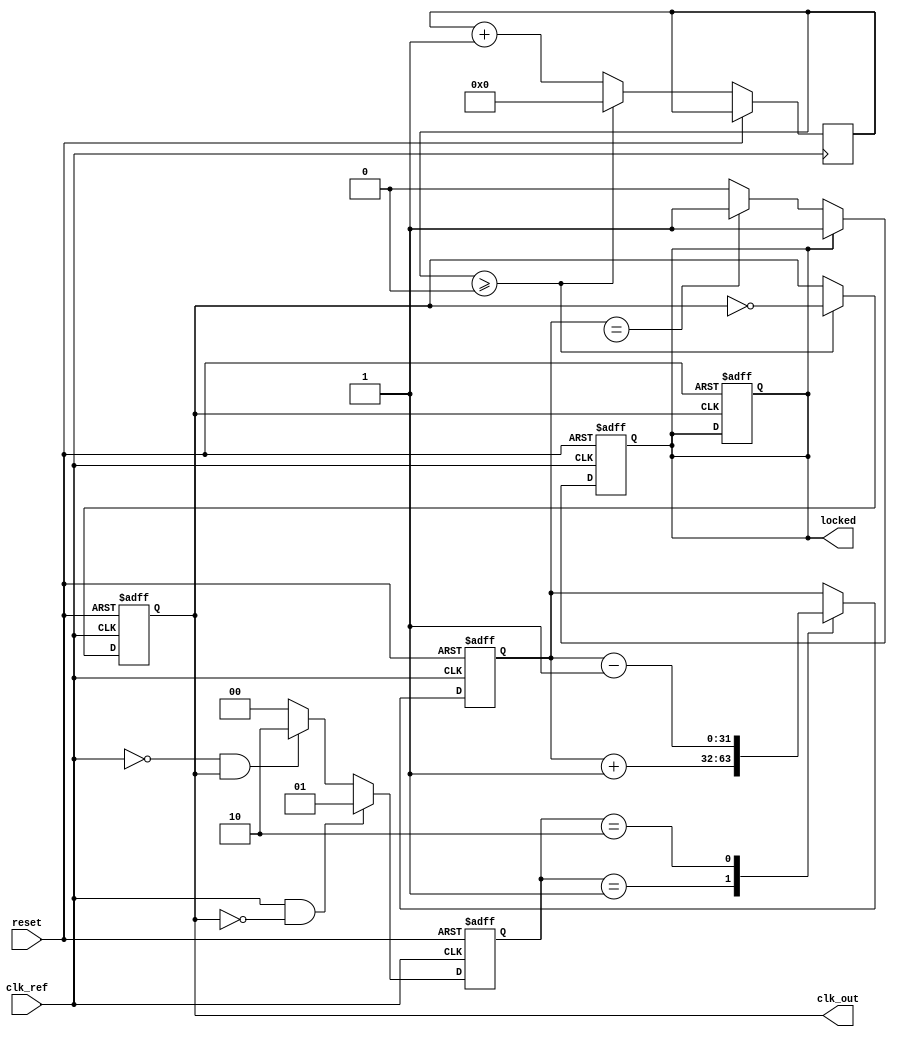
module parameterized_PLL #(
    parameter INPUT_FREQUENCY = 50_000_000,  // 50 MHz reference clock
    parameter OUTPUT_FREQUENCY = 100_000_000, // 100 MHz output clock
    parameter FEEDBACK_DIVIDER = 2,           // Feedback divider
    parameter PHASE_OFFSET = 0,                // Phase offset
    parameter LOCK_TIME = 100                   // Lock time in ns
)(
    input wire clk_ref,                        // Reference clock input
    input wire reset,                          // Active high reset
    output reg clk_out,                        // Output clock signal
    output reg locked                          // Lock status signal
);

    // Internal signals
    reg [1:0] phase_detector;                  // Phase detector output
    reg [31:0] control_voltage;                // Control voltage for VCO
    reg [31:0] vco_frequency;                  // VCO frequency
    reg [31:0] feedback_counter;               // Feedback counter
    reg [31:0] loop_filter;                    // Loop filter output
    reg [31:0] lock_counter;                   // Lock detection counter

    // Phase Frequency Detector (PFD)
    always @(posedge clk_ref or posedge reset) begin
        if (reset) begin
            phase_detector <= 2'b00; // Reset phase detector
        end else begin
            // Simple phase detection logic
            if (clk_ref && !clk_out) begin
                phase_detector <= 2'b01; // UP signal
            end else if (!clk_ref && clk_out) begin
                phase_detector <= 2'b10; // DOWN signal
            end else begin
                phase_detector <= 2'b00; // No change
            end
        end
    end

    // Charge Pump
    always @(posedge clk_ref or posedge reset) begin
        if (reset) begin
            control_voltage <= 0;
        end else begin
            case (phase_detector)
                2'b01: control_voltage <= control_voltage + 1; // UP
                2'b10: control_voltage <= control_voltage - 1; // DOWN
                default: control_voltage <= control_voltage; // Hold
            endcase
        end
    end

    // Voltage-Controlled Oscillator (VCO)
    always @(posedge clk_ref or posedge reset) begin
        if (reset) begin
            vco_frequency <= 0;
            clk_out <= 0;
        end else begin
            // Adjust VCO frequency based on control voltage
            vco_frequency <= control_voltage; // Simplified frequency control
            // Generate output clock based on VCO frequency
            // Note: Actual implementation would require a more complex VCO model
            if (feedback_counter >= (INPUT_FREQUENCY / OUTPUT_FREQUENCY)) begin
                clk_out <= ~clk_out;
                feedback_counter <= 0;
            end else begin
                feedback_counter <= feedback_counter + 1;
            end
        end
    end

    // Frequency Divider
    reg [31:0] divider_counter;
    always @(posedge clk_out or posedge reset) begin
        if (reset) begin
            divider_counter <= 0;
            locked <= 0;
        end else begin
            if (divider_counter >= FEEDBACK_DIVIDER - 1) begin
                divider_counter <= 0;
                // Feedback to PFD
                // Logic to feed back the divided clock signal
            end else begin
                divider_counter <= divider_counter + 1;
            end
        end
    end

    // Lock Detection Logic
    always @(posedge clk_ref or posedge reset) begin
        if (reset) begin
            lock_counter <= 0;
            locked <= 0;
        end else begin
            if (locked) begin
                if (lock_counter < LOCK_TIME) begin
                    lock_counter <= lock_counter + 1;
                end
            end else begin
                // Check if PLL is locked based on some criteria
                // This is a simplified condition
                if (control_voltage == TARGET_VCO_VALUE) begin
                    locked <= 1;
                end
            end
        end
    end

endmodule